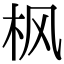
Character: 枫